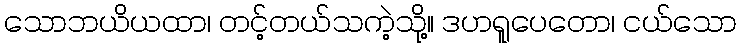
သောဘယိယထာ၊ တင့်တယ်သကဲ့သို့။ ဒဟရူပေတော၊ ငယ်သော